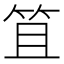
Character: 笡